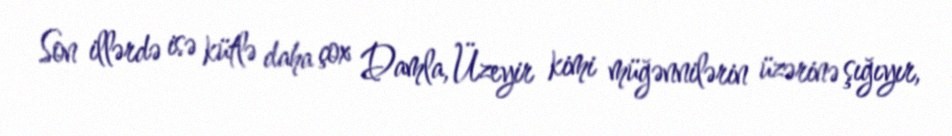
Son illərdə isə kütlə daha çox Damla, Üzeyir kimi müğənnilərin üzərinə şığıyır,